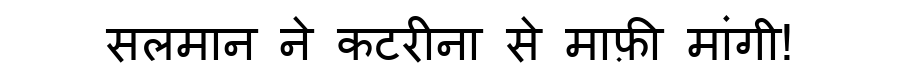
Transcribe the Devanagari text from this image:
सलमान ने कटरीना से माफ़ी मांगी!